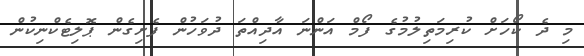
މި ދެ ކޯހަށް ކުރިމަތިލުމުގެ ފޯމް އަންނަ އާދިއްތަ ދުވަހުން ފެށިގެން ޕޮލިޓެކްނިކުން